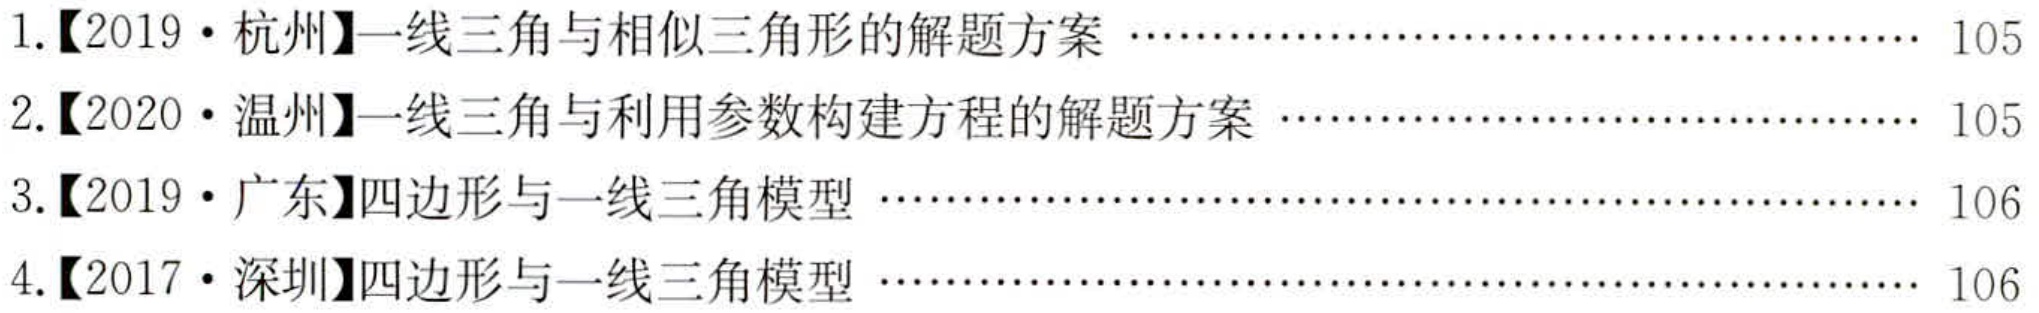
1.【2019 • 杭州】一线三角与相似三角形的解题方案 \(\cdots\cdots\) 105
2.【2020 • 温州】一线三角与利用参数构建方程的解题方案 \(\cdots\cdots\) 105
3.【2019 • 广东】四边形与一线三角模型 \(\cdots\cdots\) 106
4.【2017 • 深圳】四边形与一线三角模型 \(\cdots\cdots\) 106